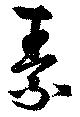
素